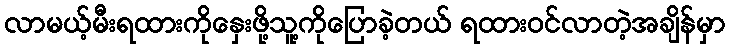
လာမယ့်မီးရထားကိုနှေးဖို့သူ့ကိုပြောခဲ့တယ် ရထားဝင်လာတဲ့အချိန်မှာ